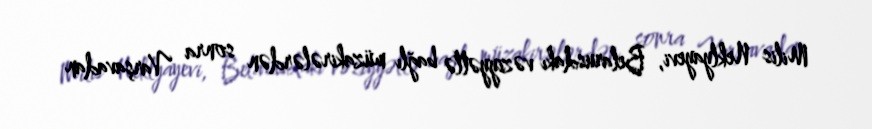
Milis Neklyayevi, Belarusdakı vəziyyətlə bağlı müzakirələrdən sonra Varşavadan